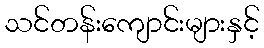
သင်တန်းကျောင်းများနှင့်